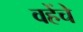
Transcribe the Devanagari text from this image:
वहेंचे